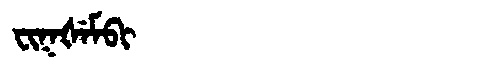
Manchu: ᠸᡳᡴᡧᡝᠮᠪᡳ
Romanization: FIKŠEMBI